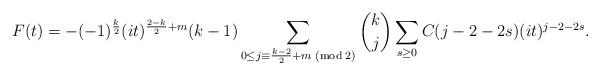
LaTeX: \begin{align*}F(t)=-(-1)^{\frac{k}{2}}(it)^{\frac{2-k}{2}+m}(k-1)\sum_{0\leq j\equiv \frac{k-2}{2}+m\;({\rm mod}\;2)}\binom{k}{j}\sum_{s\geq 0}C(j-2-2s)(it)^{j-2-2s}.\end{align*}